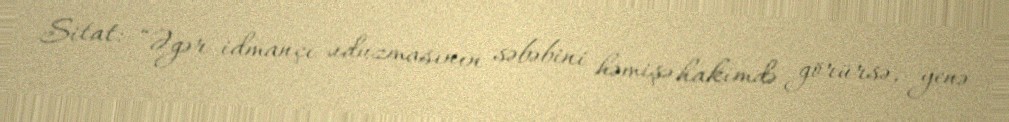
Sitat: “Əgər idmançı uduzmasının səbəbini həmişə hakimdə görürsə, yenə